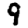
Digit: 9